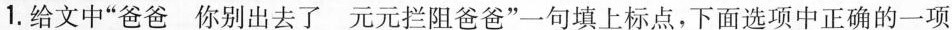
1. 给文中“爸爸 你别出去了 元元拦阻爸爸”一句填上标点，下面选项中正确的一项是